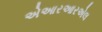
એઆરઆરએલ